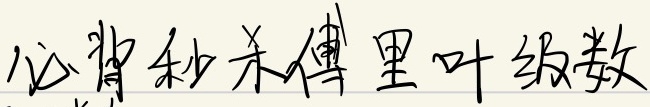
必背秒杀傅里叶级数